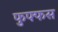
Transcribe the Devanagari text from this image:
फुफ्फस